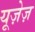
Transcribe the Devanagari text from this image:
यूज़ेज़